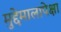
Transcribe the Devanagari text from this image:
मुद्देमालापेक्षा